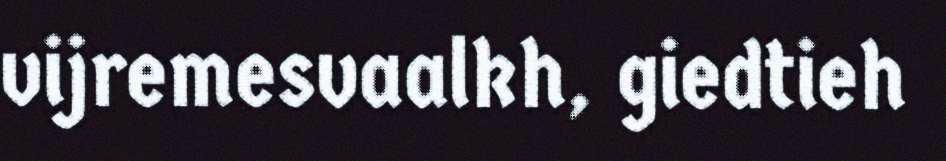
vijremesvaalkh, giedtieh